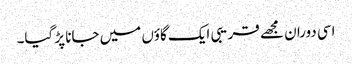
اسی دوران مجھے قریبی ایک گاؤں میں جانا پڑ گیا۔